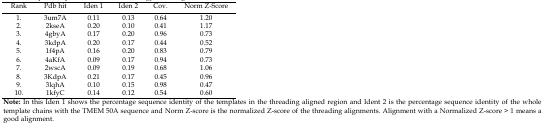
| Rank | Pdb hit | Iden 1 | Iden 2 | Cov. | Norm Z-Score |
 | --- | --- | --- | --- | --- | --- |
 | 1 | 3um7A | 0.11 | 0.13 | 0.64 | 1.2 |
 | 2 | 2kseA | 0.2 | 0.1 | 0.41 | 1.17 |
 | 3 | 4gbyA | 0.17 | 0.2 | 0.96 | 0.73 |
 | 4 | 3kdpA | 0.2 | 0.17 | 0.44 | 0.52 |
 | 5 | 1f4pA | 0.16 | 0.2 | 0.83 | 0.79 |
 | 6 | 4aKfA | 0.09 | 0.17 | 0.94 | 0.73 |
 | 7 | 2wscA | 0.09 | 0.19 | 0.68 | 1.06 |
 | 8 | 3KdpA | 0.21 | 0.17 | 0.45 | 0.96 |
 | 9 | 3lqhA | 0.1 | 0.15 | 0.98 | 0.47 |
 | 10 | 1kfyC | 0.14 | 0.12 | 0.54 | 0.6 |
 | <COLSPAN=6> Note: In this Iden 1 shows the percentage sequence identity of the templates in the threading aligned region and Ident 2 is the percentage sequence identity of the whole template chains with the TMEM 50A sequence and Norm Z-score is the normalized Z-score of the threading alignments. Alignment with a Normalized Z-score > 1 means a good alignment. |